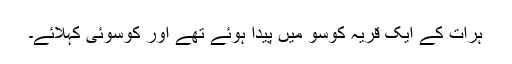
ہرات کے ایک قریہ کوسو میں پیدا ہوئے تھے اور کوسوئی کہلائے۔